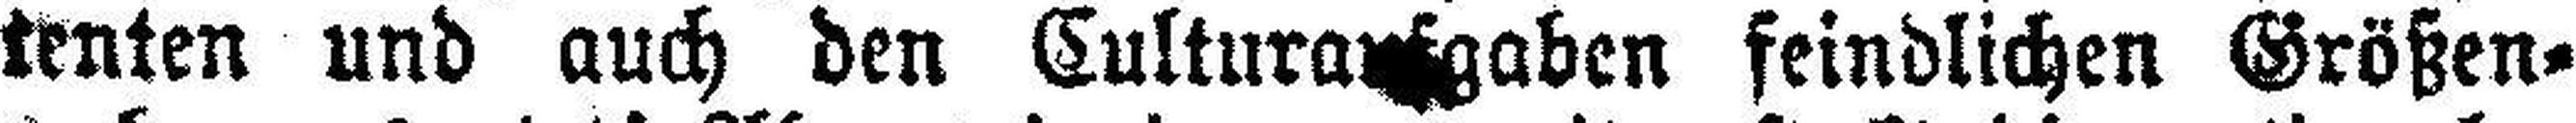
tenten und auch den Culturaufgaben feindlichen Größen¬